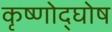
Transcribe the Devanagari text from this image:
कृष्णोद्घोष